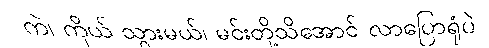
ကဲ၊ ကိုယ် သွားမယ်၊ မင်းတို့သိအောင် လာပြောရုံပဲ